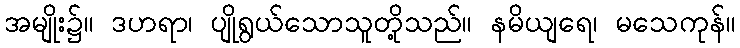
အမျိုး၌။ ဒဟရာ၊ ပျိုရွယ်သောသူတို့သည်။ နမိယျရေ၊ မသေကုန်။